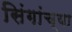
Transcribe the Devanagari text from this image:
सिंगांच्या